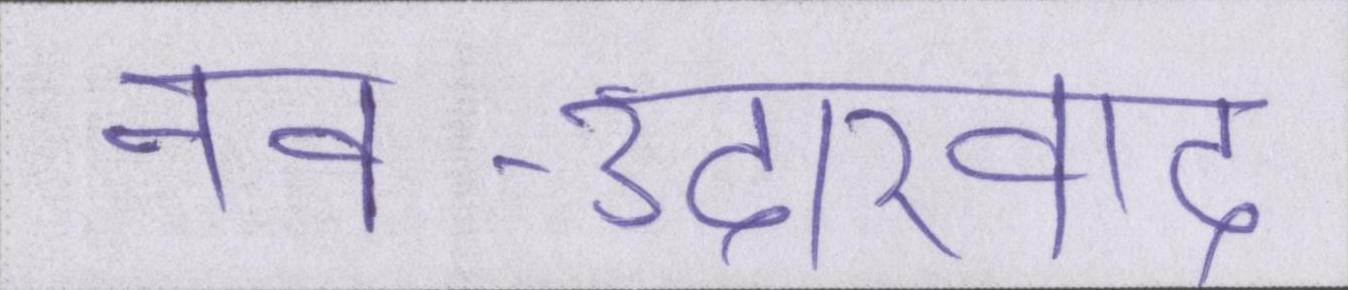
नव-उदारवाद